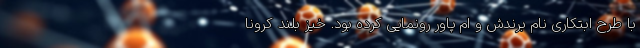
با طرح ابتکاری نام برندش و ام پاور رونمایی کرده بود. خيز بلند کرونا